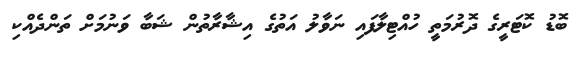
ބޮޑު ކޮޓަރީގެ ދޮރުމަތީ ހުއްޓިލާފައި ނަވާލު އަތުގެ އިޝާރާތުން ޝަބާ ވަނުމަށް ތަންދެއްކި